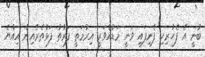
ބުނީ އެ ފެހުރިހި ފެނިފައި ވަނީ މަޑުއްވަރީ އިރުމަތީ ފަރާތު ފަޅުތެރެއިން އިއްޔެ